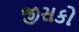
જીસકો